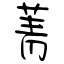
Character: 菁